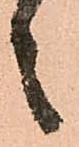
言